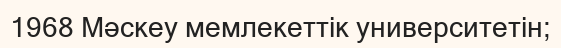
1968 Мәскеу мемлекеттік университетін;